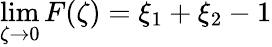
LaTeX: \operatorname*{lim}_{\zeta\rightarrow 0}F(\zeta)=\xi_{1}+\xi_{2}-1